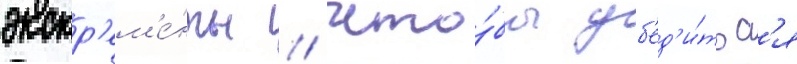
экскр'ем'е́нты // Что́бы уб'ед'и́тьс'я